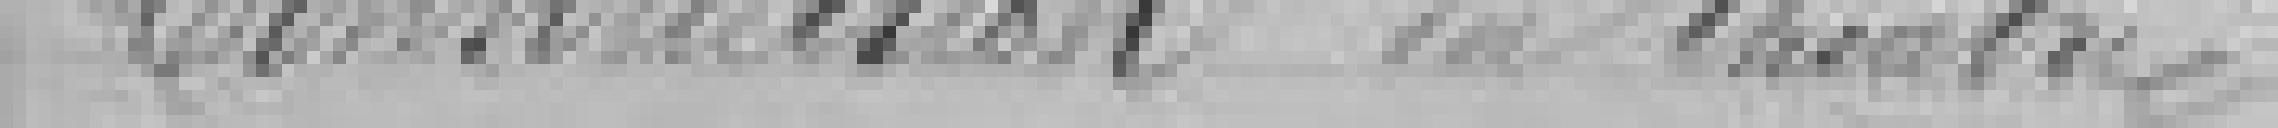
Construction du théâtre